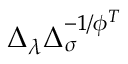
\Delta _ { \lambda } \Delta _ { \sigma } ^ { - 1 / \phi ^ { T } }